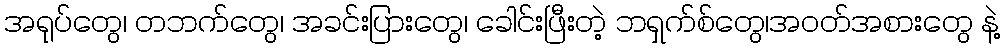
အရုပ်တွေ၊ တဘက်တွေ၊ အခင်းပြားတွေ၊ ခေါင်းဖြီးတဲ့ ဘရှက်စ်တွေ၊အဝတ်အစားတွေ နဲ့